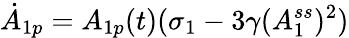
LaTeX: \dot{A}_{1p}=A_{1p}(t)(\sigma_{1}-3\gamma(A_{1}^{ss})^{2})